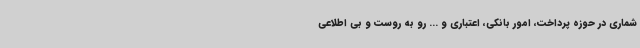
شماری در حوزه پرداخت، امور بانکی، اعتباری و ... رو به روست و بی اطلاعی